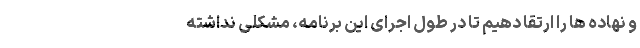
و نهاده ها را ارتقا دهیم تا در طول اجرای این برنامه، مشکلی نداشته